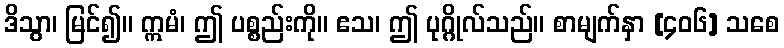
ဒိသွာ၊ မြင်၍။ ဣမံ၊ ဤ ပစ္စည်းကို။ ဧသ၊ ဤ ပုဂ္ဂိုလ်သည်။ စာမျက်နှာ [၄၀၆] သစေ